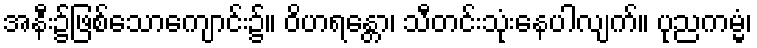
အနီး၌ဖြစ်သောကျောင်း၌။ ဝိဟရန္တော၊ သီတင်းသုံးနေပါလျက်။ ပုညကမ္မံ၊